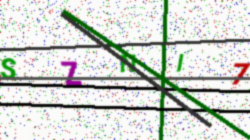
Text: SZNI7